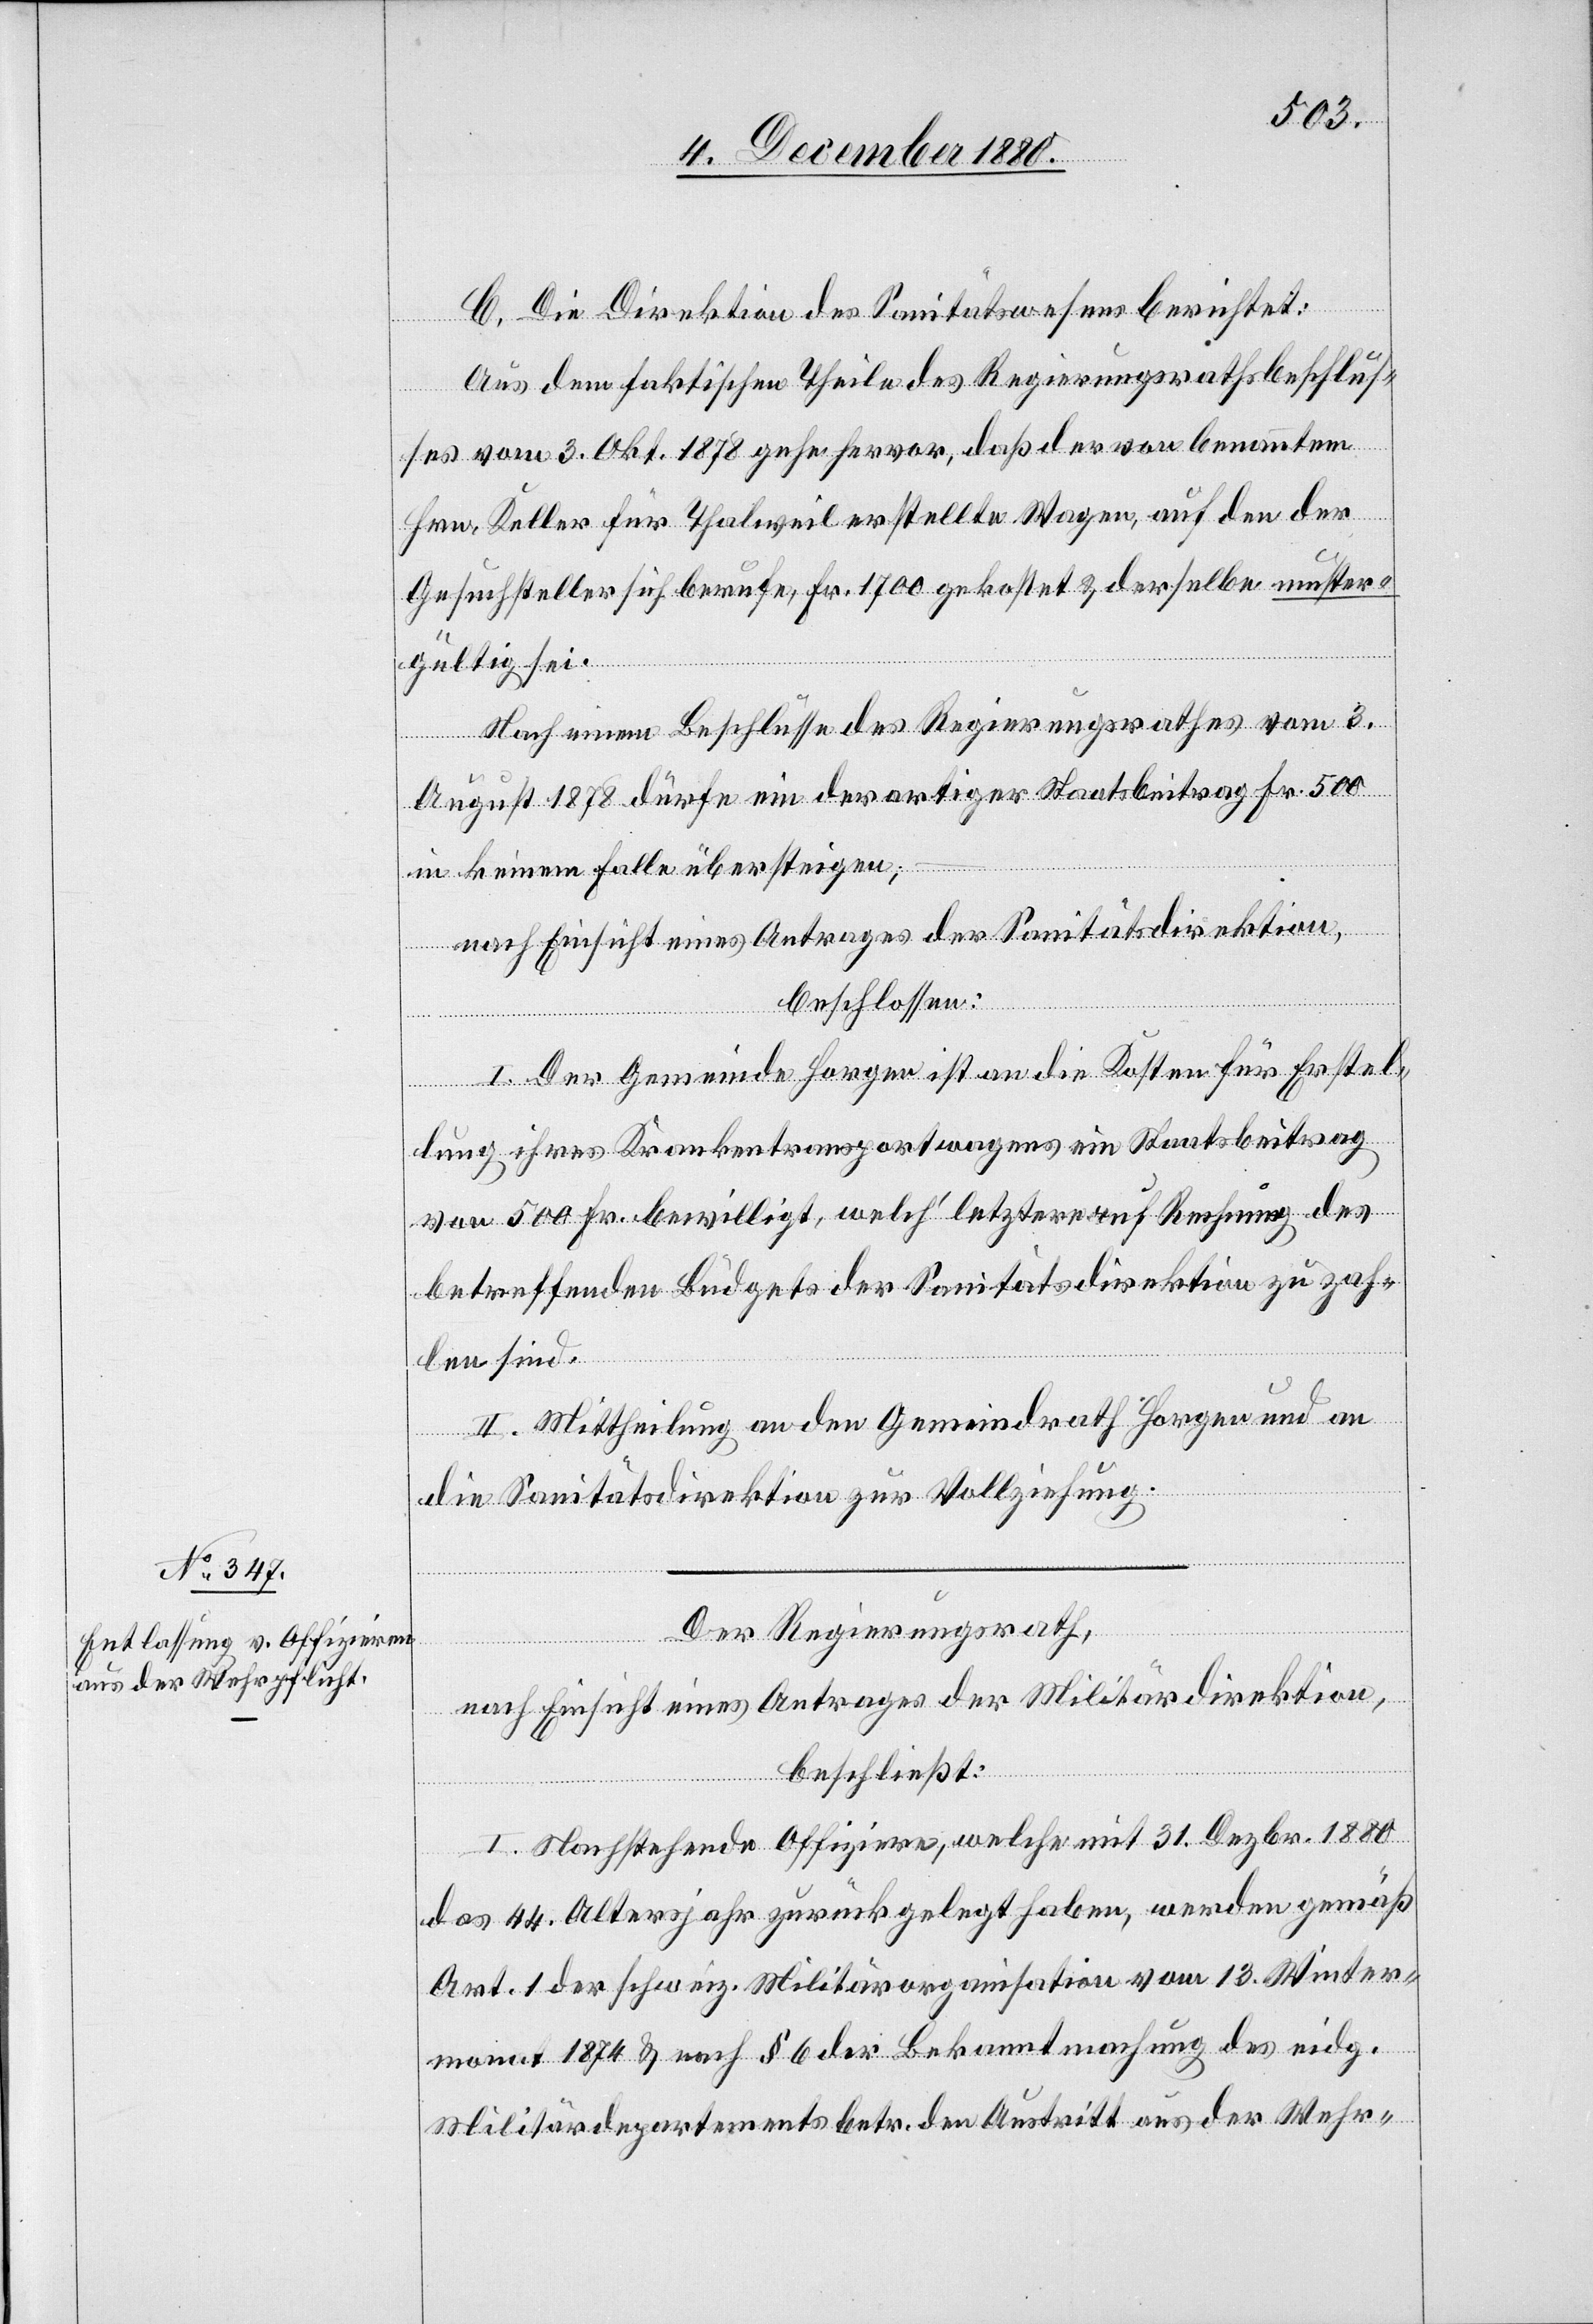
Der Regierungsrath,
nach Einsicht eines Antrages der Militärdirektion,
beschließt:
I. Nachstehende Offiziere, welche mit 31. Dezbr. 1880
das 44. Altersjahr zurückgelegt haben, werden gemäß
Art. 1 der schweiz. Militärorganisation vom 13. Winter¬
monat 1874 & nach § 6 der Bekanntmachung des eidg.
Militärdepartements betr. den Austritt aus der Wehr-